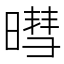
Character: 暳